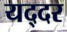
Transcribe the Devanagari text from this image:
यद्दर